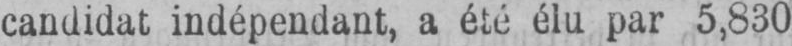
candidat indépendant, a été élu par 5,830